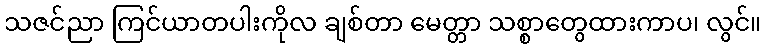
သဇင်ညာ ကြင်ယာတပါးကိုလ ချစ်တာ မေတ္တာ သစ္စာတွေထားကာပ၊ လွင်။